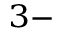
^ { 3 - }